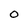
Character: 0